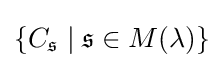
\lbrace C_{\mathfrak {s}}\mid {\mathfrak {s}}\in M(\lambda )\rbrace